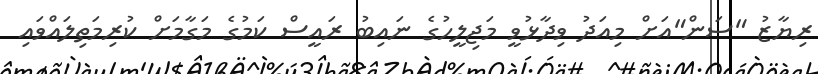
ރިޔާޒު "ސަން"އަށް މިއަދު ވިދާޅުވީ މަޖިލީހުގެ ނައިބު ރައީސް ކަމުގެ މަގާމަށް ކުރިމަތިލައްވައި